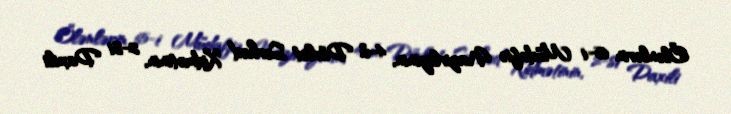
Ölənlərin 65-i Müdafiə Nazirliyinin, 4-ü Dövlət Sərhəd Xidmətinin, 2-si Daxili